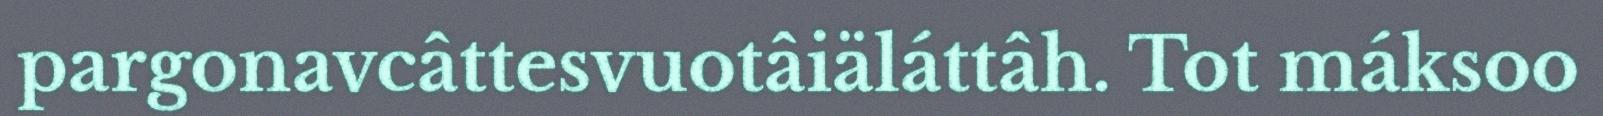
pargonavcâttesvuotâiäláttâh. Tot máksoo